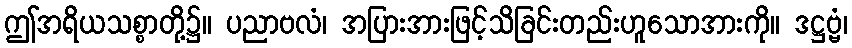
ဤအရိယသစ္စာတို့၌။ ပညာဗလံ၊ အပြားအားဖြင့်သိခြင်းတည်းဟူသောအားကို။ ဒဋ္ဌဗ္ဗံ၊